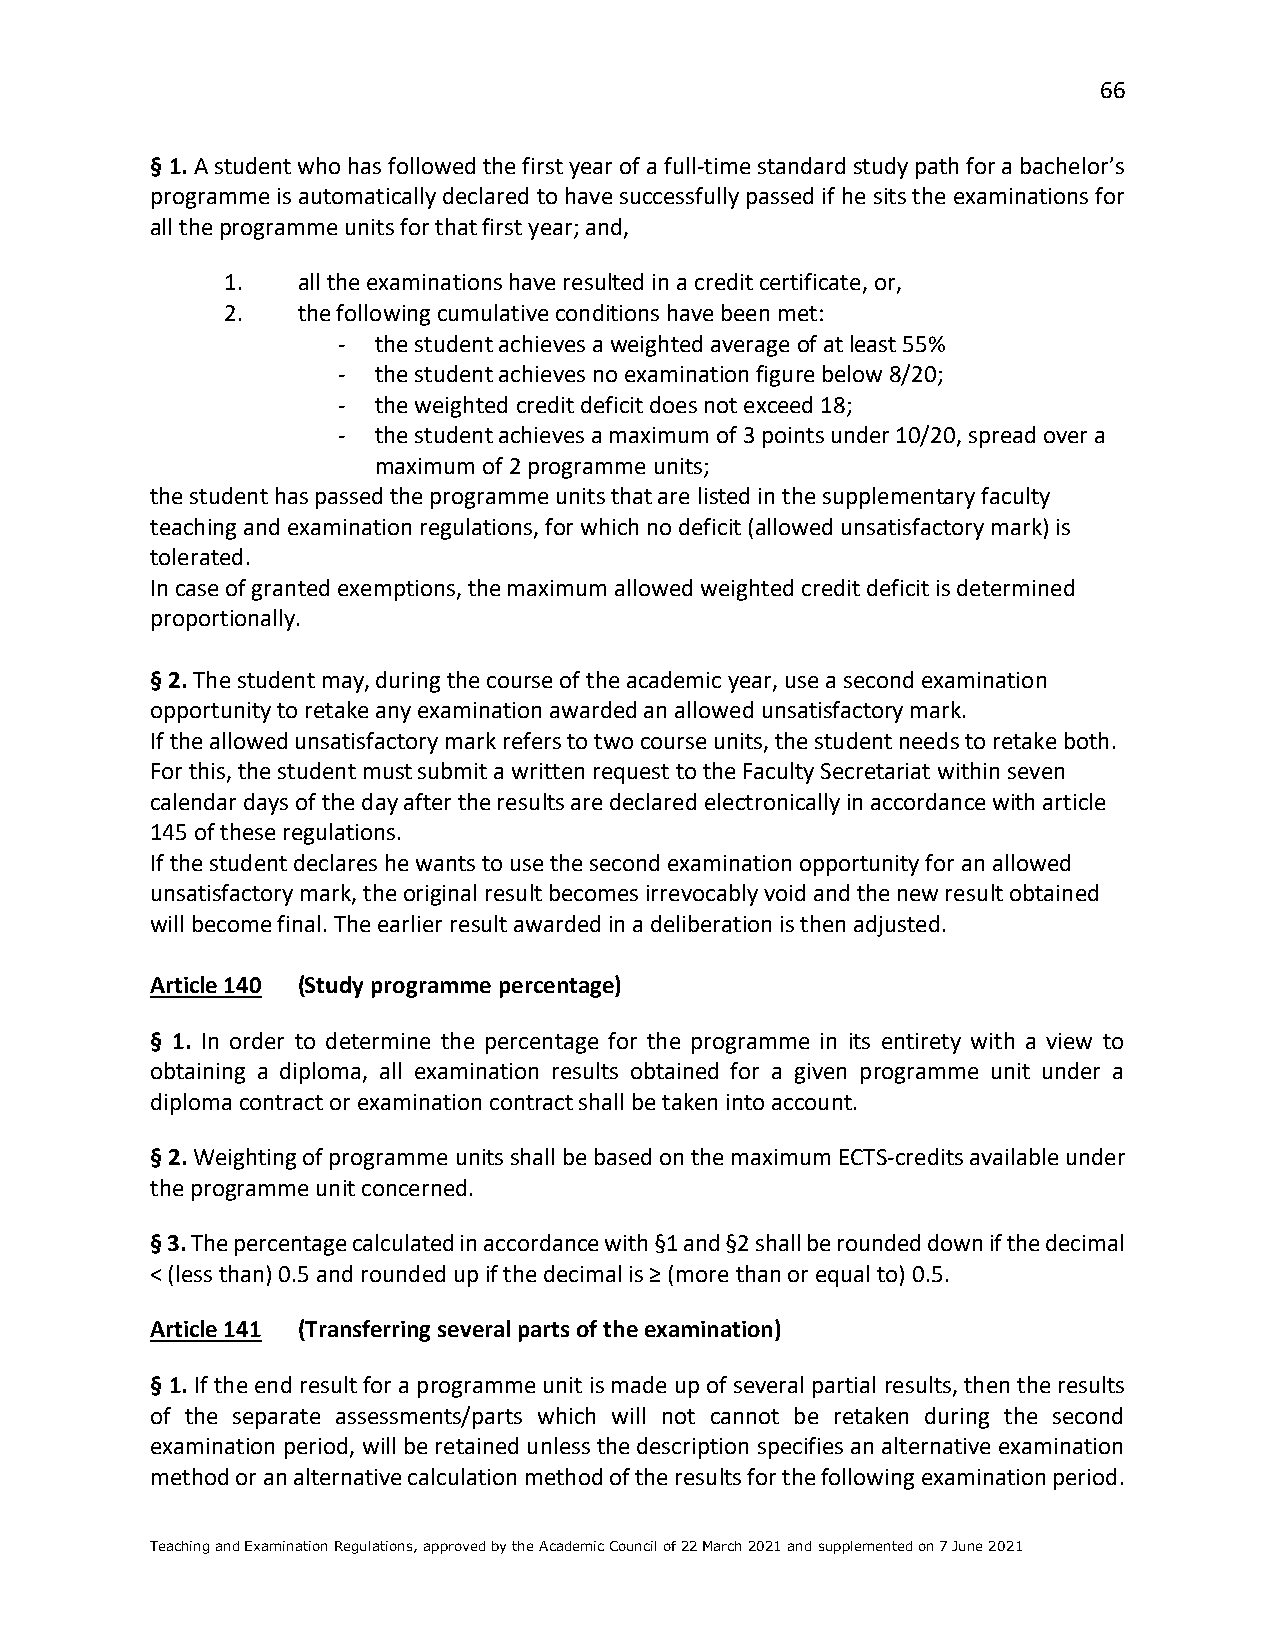
66
 § 1. A student who has followed the first year of a full-time standard study path for a bachelor’s
 programme is automatically declared to have successfully passed if he sits the examinations for
 all the programme units for that first year; and,
 1.   all the examinations have resulted in a credit certificate, or,
 2.   the following cumulative conditions have been met:
 -  the student achieves a weighted average of at least 55%
 -  the student achieves no examination figure below 8/20;
 -  the weighted credit deficit does not exceed 18;
 -  the student achieves a maximum of 3 points under 10/20, spread over a
 maximum of 2 programme units;
 the student has passed the programme units that are listed in the supplementary faculty
 teaching and examination regulations, for which no deficit (allowed unsatisfactory mark) is
 tolerated.
 In case of granted exemptions, the maximum allowed weighted credit deficit is determined
 proportionally.
 § 2. The student may, during the course of the academic year, use a second examination
 opportunity to retake any examination awarded an allowed unsatisfactory mark.
 If the allowed unsatisfactory mark refers to two course units, the student needs to retake both.
 For this, the student must submit a written request to the Faculty Secretariat within seven
 calendar days of the day after the results are declared electronically in accordance with article
 145 of these regulations.
 If the student declares he wants to use the second examination opportunity for an allowed
 unsatisfactory mark, the original result becomes irrevocably void and the new result obtained
 will become final. The earlier result awarded in a deliberation is then adjusted.
 Article 140 (Study programme percentage)
 § 1. In order to determine the percentage for the programme in its entirety with a view to
 obtaining a diploma, all examination results obtained for a given programme unit under a
 diploma contract or examination contract shall be taken into account.
 § 2. Weighting of programme units shall be based on the maximum ECTS-credits available under
 the programme unit concerned.
 § 3. The percentage calculated in accordance with §1 and §2 shall be rounded down if the decimal
 < (less than) 0.5 and rounded up if the decimal is ≥ (more than or equal to) 0.5.
 Article 141 (Transferring several parts of the examination)
 § 1. If the end result for a programme unit is made up of several partial results, then the results
 of the separate assessments/parts which will not cannot be retaken during the second
 examination period, will be retained unless the description specifies an alternative examination
 method or an alternative calculation method of the results for the following examination period.
 Teaching and Examination Regulations, approved by the Academic Council of 22 March 2021 and supplemented on 7 June 2021